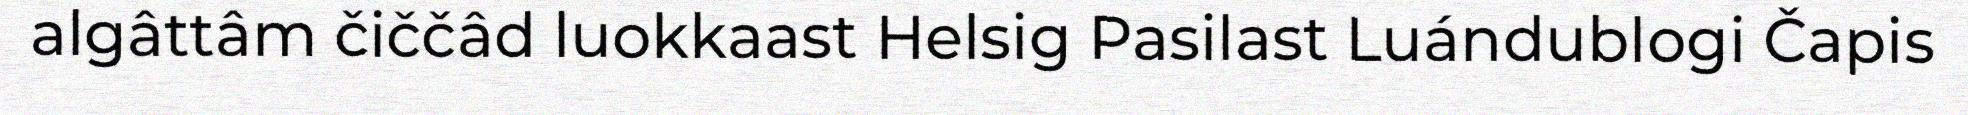
algâttâm čiččâd luokkaast Helsig Pasilast Luándublogi Čapis